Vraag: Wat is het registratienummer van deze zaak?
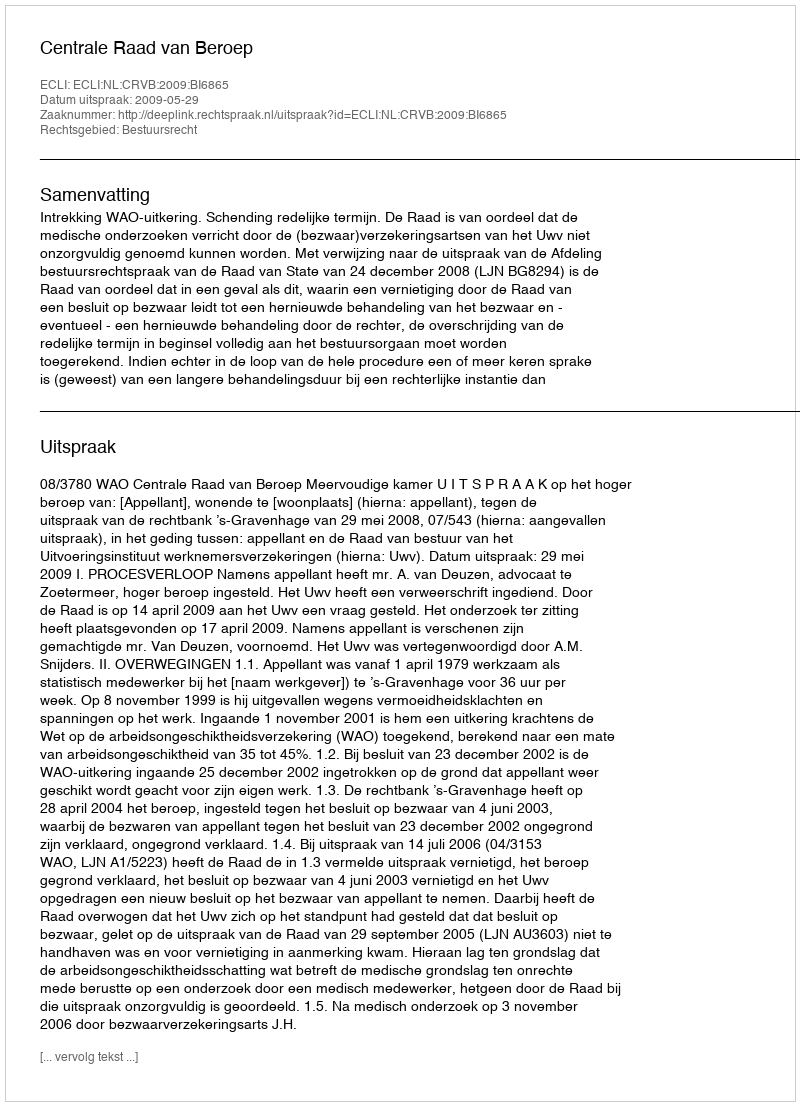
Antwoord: http://deeplink.rechtspraak.nl/uitspraak?id=ECLI:NL:CRVB:2009:BI6865